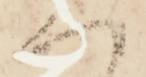
候